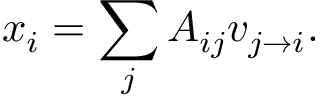
x _ { i } = \sum _ { j } A _ { i j } v _ { j \rightarrow i } .